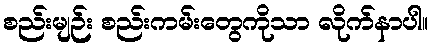
စည်းမျဉ်း စည်းကမ်းတွေကိုသာ လိုက်နာပါ။